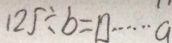
1 2 5 \div b = \square \cdots a